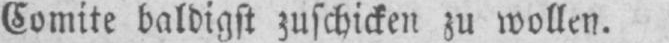
Comite baldigst zuschicken zu wollen.